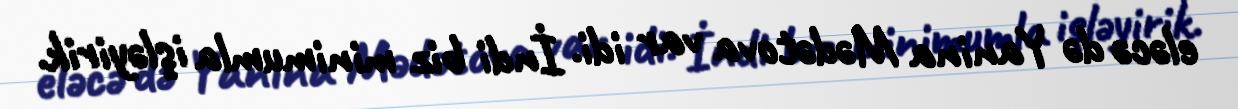
eləcə də Yanina Mədətova var idi. İndi biz minimumla işləyirik.